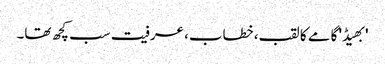
'بھیڈ' گامے کا لقب، خطاب، عرفیت سب کچھ تھا۔